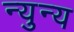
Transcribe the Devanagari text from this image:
न्युन्य